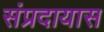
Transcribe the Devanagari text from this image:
संप्रदायास